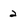
Character: 2